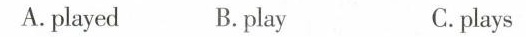
A. played B.play C.plays